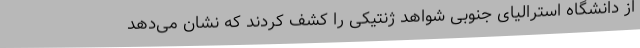
از دانشگاه استرالیای جنوبی شواهد ژنتیکی را کشف کردند که نشان می‌دهد